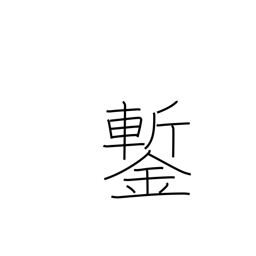
Meaning: cold chisel